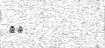
٣٦